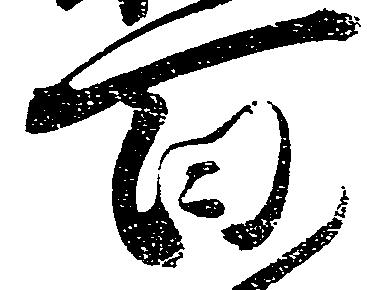
百